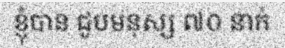
ខ្ញុំបាន ជួបមនុស្ស ៧០ នាក់